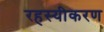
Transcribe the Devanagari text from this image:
रहस्यीकरण